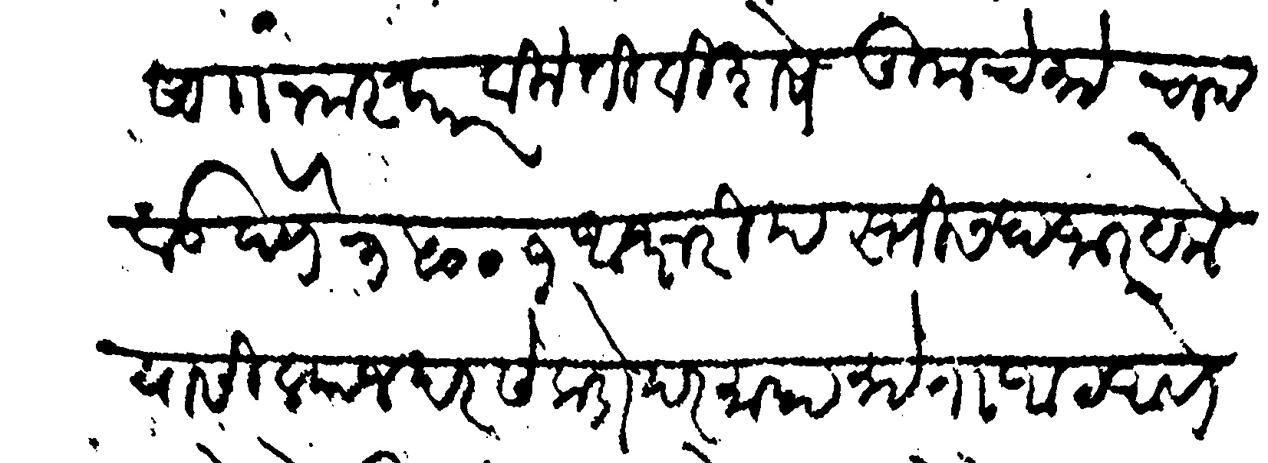
Transliteration (Devanagari): सां नमस्कार विनंती विशेष तुमचे रुये चादवड देणे ३५००१ अक्षरी पस्तीस हाजार येक यासी व्याज दर सेकडा दर माहा रुये आठ आणे